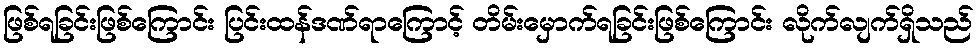
ဖြစ်ရခြင်းဖြစ်ကြောင်း ပြင်းထန်ဒဏ်ရာကြောင့် တိမ်းမှောက်ရခြင်းဖြစ်ကြောင်း လိုက်လျက်ရှိသည်